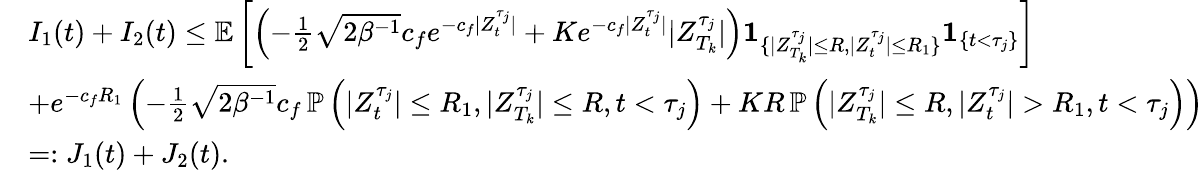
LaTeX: \begin{array}{rl}&{I_{1}(t)+I_{2}(t)\leq\mathbb{E}\left[\left(-\frac{1}{2}\sqrt{2\beta^{-1}}c_{f}e^{-c_{f}|Z_{t}^{\tau_{j}}|}+Ke^{-c_{f}|Z_{t}^{\tau_{j}}|}|Z_{T_{k}}^{\tau_{j}}|\right)\textbf{1}_{\{ |Z_{T_{k}}^{\tau_{j}}|\leq R,|Z_{t}^{\tau_{j}}|\leq R_{1}\} }\textbf{1}_{\{ t<\tau_{j}\} }\right]}\\ &{+e^{-c_{f}R_{1}}\left(-\frac{1}{2}\sqrt{2\beta^{-1}}c_{f}\, \mathbb{P}\left(|Z_{t}^{\tau_{j}}|\leq R_{1},|Z_{T_{k}}^{\tau_{j}}|\leq R,t<\tau_{j}\right)+KR\, \mathbb{P}\left(|Z_{T_{k}}^{\tau_{j}}|\leq R,|Z_{t}^{\tau_{j}}|>R_{1},t<\tau_{j}\right)\right)}\\ &{=:J_{1}(t)+J_{2}(t).}\end{array}